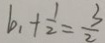
b _ { 1 } + \frac { 1 } { 2 } = \frac { 3 } { 2 }